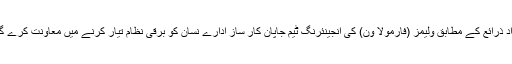
آزاد ذرائع کے مطابق ولیمز (فارمولا ون) کی انجینئرنگ ٹیم جاپان کار ساز ادارے نسان کو برقی نظام تیار کرنے میں معاونت کرے گی۔